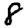
Digit: 8